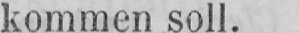
kommen soll.